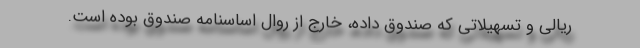
ریالی و تسهیلاتی كه صندوق داده، خارج از روال اساسنامه صندوق بوده است.